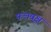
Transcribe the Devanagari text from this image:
फलवृक्ष